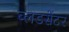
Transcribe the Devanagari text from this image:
ब्लडसेंटर